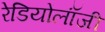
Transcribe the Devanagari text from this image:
रेडियोलॉंजी